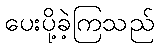
ပေးပို့ခဲ့ကြသည်